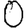
Digit: 0